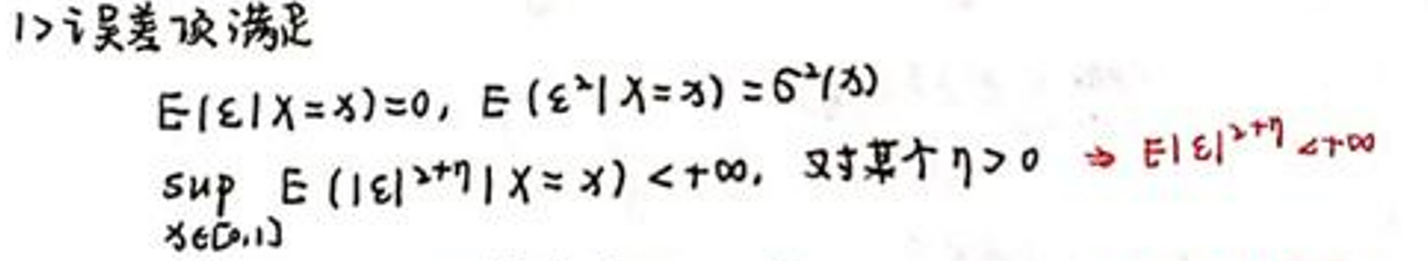
1) 误差项满足
\[
E(\varepsilon|X = x) = 0, E(\varepsilon^2|X = x)=\sigma^2(x)
\]
\[
\sup_{x\in\Omega} E(|\varepsilon|^{2+\eta}|X = x)<+\infty, \text{对某个}\eta>0 \Rightarrow E|\varepsilon|^{2+\eta}<+\infty
\]